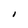
Character: I